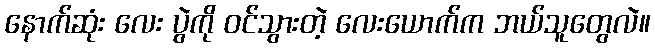
နောက်ဆုံး လေး ပွဲကို ဝင်သွားတဲ့ လေးယောက်က ဘယ်သူတွေလဲ။